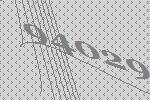
94029